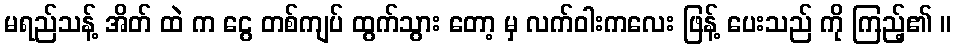
မရည်သန့် အိတ် ထဲ က ငွေ တစ်ကျပ် ထွက်သွား တော့ မှ လက်ဝါးကလေး ဖြန့် ပေးသည် ကို ကြည့်၏ ။